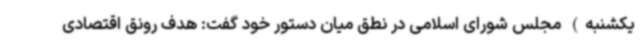
یکشنبه) مجلس شورای اسلامی در نطق میان دستور خود گفت: هدف رونق اقتصادی